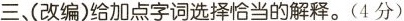
三(改编)给加点字词选择恰当的解释。(4分)